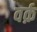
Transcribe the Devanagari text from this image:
वर्क़